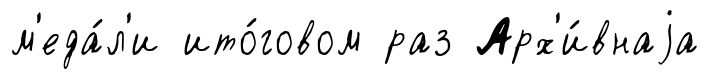
м'еда́л'и ито́говом раз Арх'и́внаjа